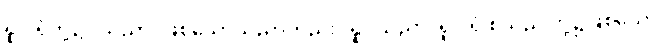
ရူပါရုံတို့၌။ သညာ၊ ဖြစ်သောသညာတည်း။ ရူပသညာ၊ ရူပါရုံ စသည် တို့၌ဖြစ်သော